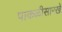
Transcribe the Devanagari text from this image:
पाकळीसारखे